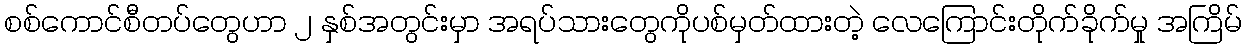
စစ်ကောင်စီတပ်တွေဟာ ၂ နှစ်အတွင်းမှာ အရပ်သားတွေကိုပစ်မှတ်ထားတဲ့ လေကြောင်းတိုက်ခိုက်မှု အကြိမ်